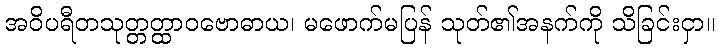
အဝိပရီတသုတ္တတ္ထာဝဗောဓာယ၊ မဖောက်မပြန် သုတ်၏အနက်ကို သိခြင်းငှာ။